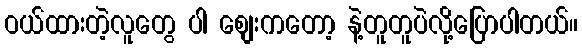
ဝယ်ထားတဲ့လူတွေ ပါ စျေးကတော့ နဲ့တူတူပဲလို့ပြောပါတယ်။